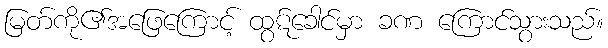
မြတ်ကို၏အဖြေကြောင့် ထွဋ်ခေါင်မှာ ခဏ ကြောင်သွားသည်။